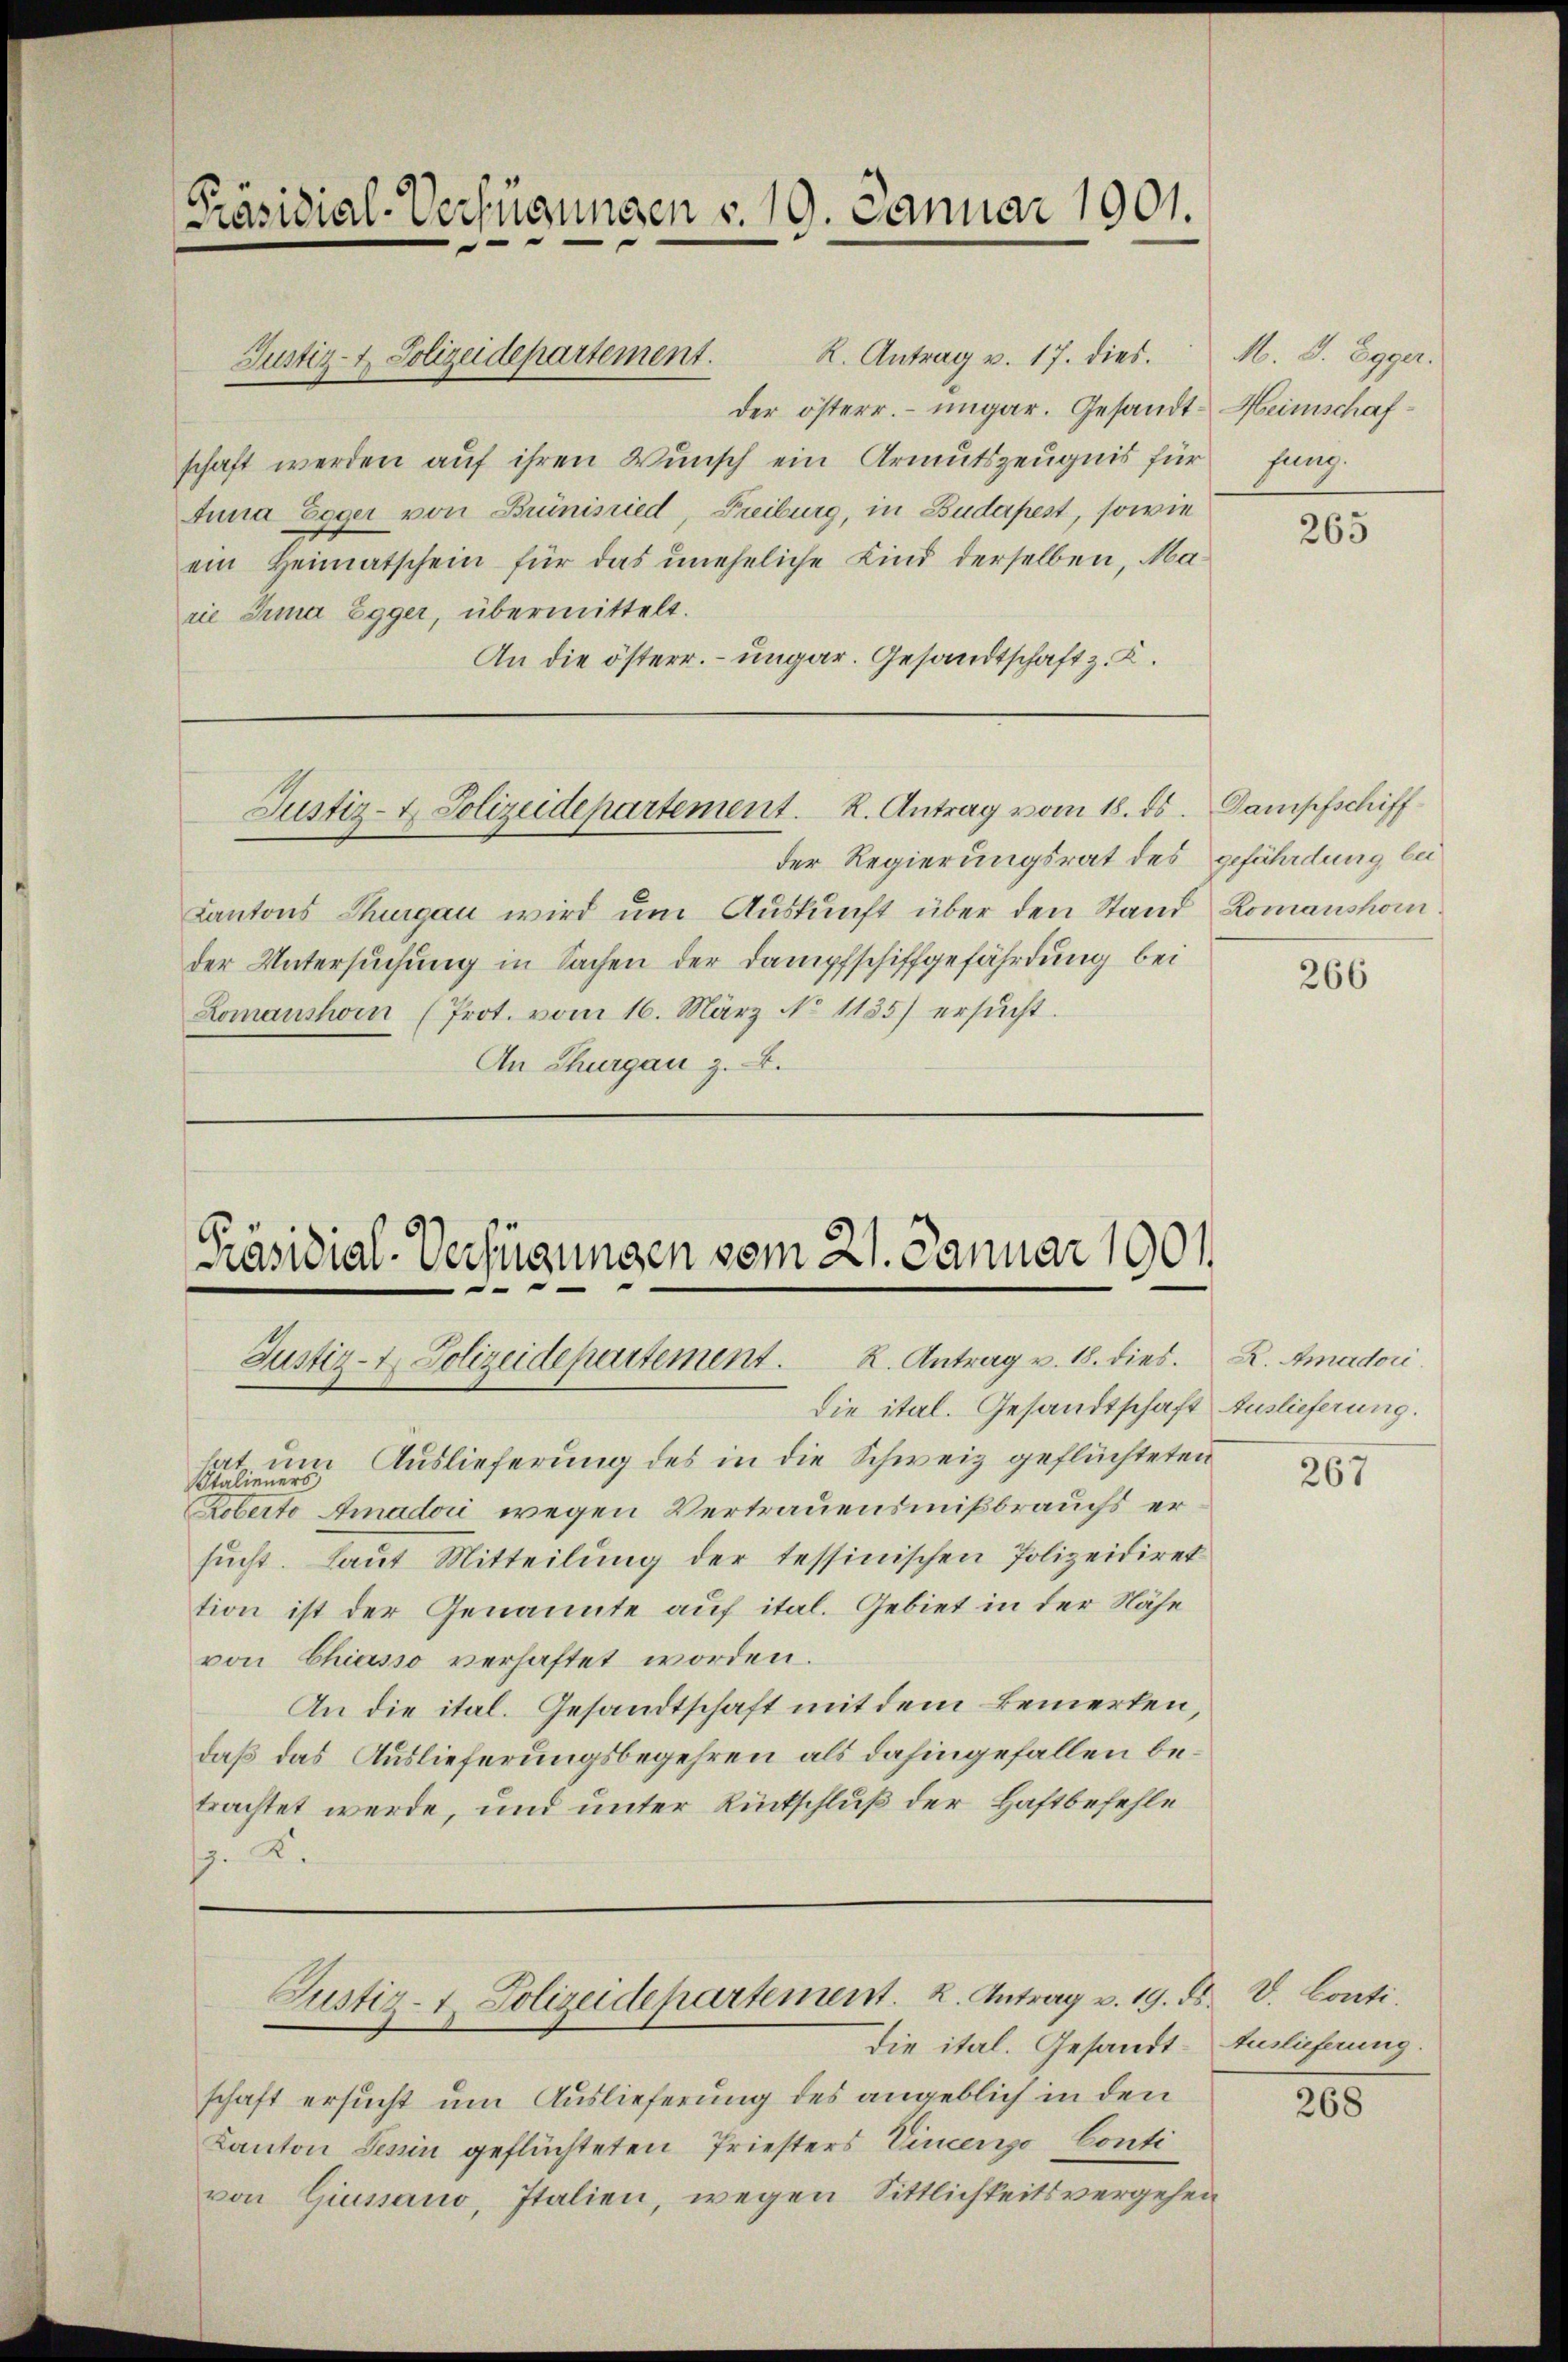
Präsidial-Verfügungen v. 19. Januar 1901.

R. Antrag v. 17. dies.
Justiz- & Polizeidepartement.
der österr. ungar. Gesandtschaft werden auf ihren Wunsch ein Armutszeugnis für
Anna Egger von Brünisried, Freiburg, in Budapest, sowie
ein Heimatschein für das uneheliche Kind derselben, Marie Irina Egger, übermittelt.
An die österr. ungar. Gesandtschaft z. B.

der Regierungsrat des gefährdung bei
Kantons Thurgau wird um Auskunft über den Stand Romanskomder Untersuchung in Sachen der Dampfschiffgefährdung bei
Lomanshorn (Prot. vom 16. März No 1135) ersŭcht.
An Thurgau z.4.

Justiz- & Polizeidepartement. K. Antrag vom 18. ds. Dampfschiff

Präsidial-Verfügungen vom 21. Januar 1901
Justiz- & Polizeidepartement. K. Antrag v. 18. dies. Z. Amadori

Justiz- u. Polizeidepartement. 2. Antrag v. 19. ds. V. Conti

hat um Auslieferung des in die Schweiz geflüchteten
Stalieners
Koberto Amadori wegen Vertrauensmißbrauchs ersucht. Laut Mitteilung der tessinischen Polizeidiret
tion ist der Genannte auf ital. Gebiet in der Nähe
von Chiasso verhaftet worden.
An die ital. Gesandtschaft mit dem Bemerten,
daß das Auslieferungsbegehren als dahingefallen betrachtet werde, und unter Rückschluß der Haftbefehle
. 2.

Die ital. Gesandtschaft Auslieferung.

die ital. Gesandt- Auslieferung.
schaft ersucht um Auslieferung des angeblich in den
Kanton Tessin geflüchteten Priesters Vincenzo Conti
von Giussano, Italien, wegen Sittlichkeitsvergehen

M. J. Egger.
Heimschafsung.

265

266

267

268